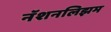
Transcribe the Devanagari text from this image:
नॅशनलिझम